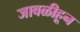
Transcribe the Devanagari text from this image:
जावळीहून